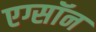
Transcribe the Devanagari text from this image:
एग्सॉन